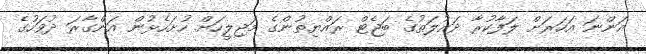
އަންނަ އަހަރަށް ލަފާކުރާ ދައުލަތުގެ ބަޖެޓް ރައްޔިތުންގެ މަޖިލީހަށް ހުށަހެޅުން އަންގާރަ ދުވަހުގެ